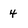
Character: 4